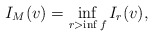
\begin{align*}I_M(v)=\inf_{r>\inf f} I_{r}(v),\end{align*}